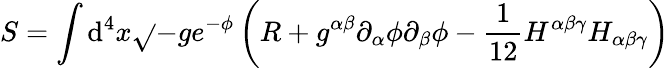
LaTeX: S=\int\mathrm{d}^{4}x\sqrt{}{{-g}}e^{-\phi}\left(R+g^{\alpha\beta}\partial_{\alpha}\phi\partial_{\beta}\phi-\frac{1}{{12}}H^{\alpha\beta\gamma}H_{\alpha\beta\gamma}\right)